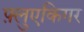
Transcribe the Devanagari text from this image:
फ़्लुएकिगर